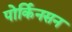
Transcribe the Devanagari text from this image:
पोर्किनसन